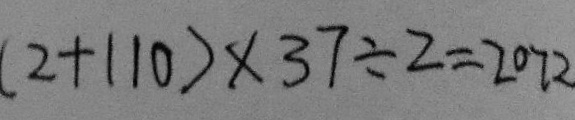
( 2 + 1 1 0 ) \times 3 7 \div 2 = 2 0 7 2